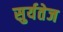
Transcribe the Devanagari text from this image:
सुर्यतेज